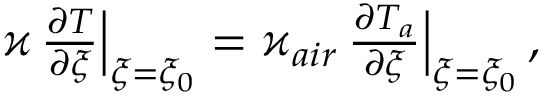
\begin{array} { r } { \varkappa \, \frac { \partial T } { \partial { \xi } } \Big \vert _ { \xi = \xi _ { 0 } } = \varkappa _ { a i r } \, \frac { \partial { { T } _ { a } } } { \partial { \xi } } \Big \vert _ { \xi = \xi _ { 0 } } \, , \ } \end{array}